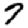
Digit: 7